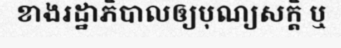
ខាងរដ្ឋាភិបាលឲ្យបុណ្យសក្តិ ឬ